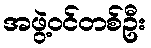
အဖွဲ့ဝင်တစ်ဦး